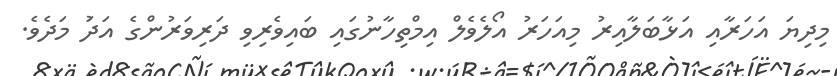
މިދިޔަ އަހަރާއި އަޅާބަލާއިރު މިއަހަރު އޯލެވެލް އިމްތިހާނުގައި ބައިވެރިވި ދަރިވަރުންގެ އަދަު މަދެވެ.